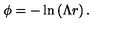
\phi = - \ln \left( \Lambda r \right) .